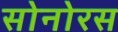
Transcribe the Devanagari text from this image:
सोनोरस